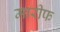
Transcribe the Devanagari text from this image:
मारीफ